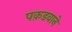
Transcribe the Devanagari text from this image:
पक़डवाने